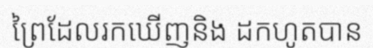
ព្រៃដែលរកឃើញនិង ដកហូតបាន